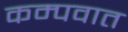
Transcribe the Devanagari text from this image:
कम्पवात